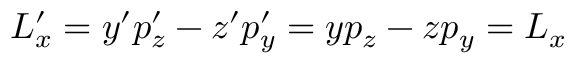
L _ { x } ^ { \prime } = y ^ { \prime } p _ { z } ^ { \prime } - z ^ { \prime } p _ { y } ^ { \prime } = y p _ { z } - z p _ { y } = L _ { x }